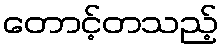
တောင့်တသည့်